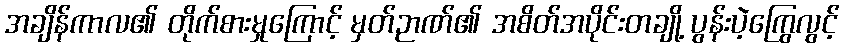
အချိန်ကာလ၏ တိုက်စားမှုကြောင့် မှတ်ဉာဏ်၏ အစိတ်အပိုင်းတချို့ ပွန်းပဲ့ကြွေလွင့်